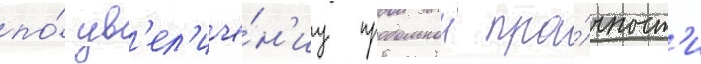
по́ ув'ел'иче́н'иу продольнои про́чност'и